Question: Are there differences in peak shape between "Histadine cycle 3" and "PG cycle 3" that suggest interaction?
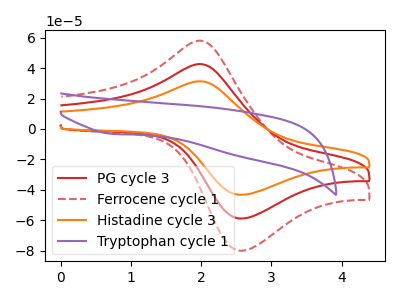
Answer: <think>The red curve "PG cycle 3" has an anodic peak at (2.00V, 42.70uA) and a cathodic peak at (2.55V, -58.85uA). The red dashed curve "Ferrocene cycle 1" has an anodic peak at (2.00V, 85.40uA) and a cathodic peak at (2.55V, -117.70uA). The orange curve "Histadine cycle 3" has an anodic peak at (2.00V, 31.40uA) and a cathodic peak at (2.55V, -43.30uA). The purple curve "Tryptophan cycle 1" has a cathodic peak at: (0.75V, -3.25uA).
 All the peaks in "Histadine cycle 3" have a peak in "PG cycle 3" at the same potential. Every peak in "Histadine cycle 3" is lower than every peak in "PG cycle 3".</think>
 <answer>No, "Histadine cycle 3" and "PG cycle 3" don't appear to be significantly different in shape</answer>
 <eval>no_change</eval>